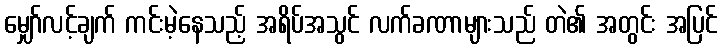
မျှော်လင့်ချက် ကင်းမဲ့နေသည့် အရိပ်အသွင် လက်ခဏာများသည် တဲ၏ အတွင်း အပြင်